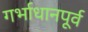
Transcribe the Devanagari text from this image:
गर्भाधानपूर्व